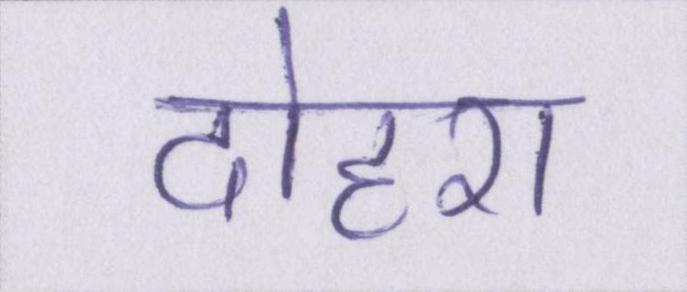
दोहरा